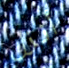
أنزل